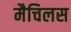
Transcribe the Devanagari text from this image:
मैचिलस